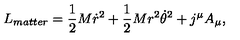
L _ { m a t t e r } = { \frac { 1 } { 2 } } M \dot { r } ^ { 2 } + { \frac { 1 } { 2 } } M r ^ { 2 } { \dot { \theta } } ^ { 2 } + j ^ { \mu } A _ { \mu } ,